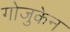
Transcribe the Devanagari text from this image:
गोजुकेन